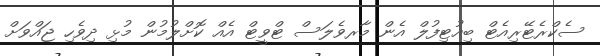
ސެކްރެޓޭރިއެޓް ބިއުޓިފުލް އެން މާރވެލަސް ޓްވީޓް އެއް ކޮށްލުމުން މުޅި ދިވެހި ޖައްވަށް